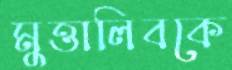
মুত্তালিবকে